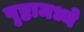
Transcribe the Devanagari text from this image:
पृष्ठामध्ये